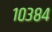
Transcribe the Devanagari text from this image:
१०३८४